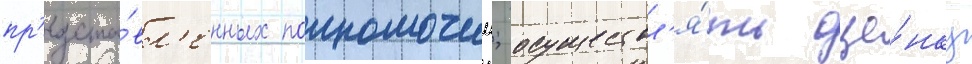
пр'едста́вл'енных полномочии; осуществл'я́ть оце́нку